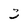
Character: 3